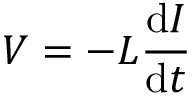
V = - L { \frac { \mathrm { d } I } { \mathrm { d } t } } \,